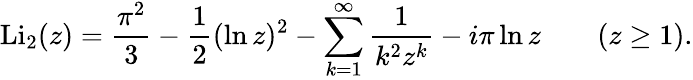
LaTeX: \operatorname{Li}_{2}(z)={\frac{\pi^{2}}{3}}-{\frac{1}{2}}(\ln z)^{2}-\sum_{k=1}^{\infty}{\frac{1}{k^{2}z^{k}}}-i\pi\ln z\qquad(z\geq 1).